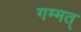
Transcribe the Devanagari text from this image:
गम्मत्